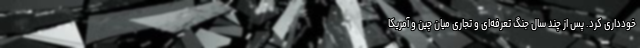
خودداری کرد. پس از چند سال جنگ تعرفه‌ای و تجاری میان چین و آمریکا